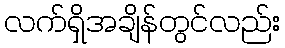
လက်ရှိအချိန်တွင်လည်း